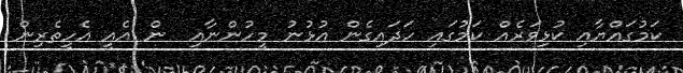
ކަމުގައްޔާއި ކުޅިވަރެއް ކަމުގައި ހަދައިގެން އުޅުނު މީހުންނާއި  ން އެއީ އެހީތެރިން